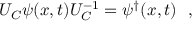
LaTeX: U _ { C } \psi ( x , t ) U _ { C } ^ { - 1 } = \psi ^ { \dagger } ( x , t ) \ \ ,